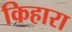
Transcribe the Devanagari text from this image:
किहारा